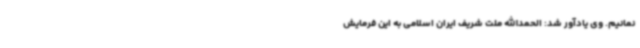
نمانیم. وی یادآور شد: الحمدالله ملت شریف ایران اسلامی به این فرمایش